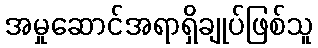
အမှုဆောင်အရာရှိချုပ်ဖြစ်သူ